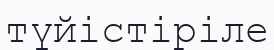
түйістіріле